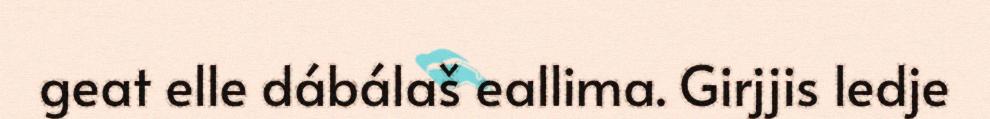
geat elle dábálaš eallima. Girjjis ledje